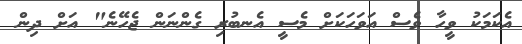
އެކަމަކު ވީހާ ވެސް އަވަހަކަށް މެސީ އެނބުރި ގެންނަން ޖެހޭނެ" އަށް ދިން